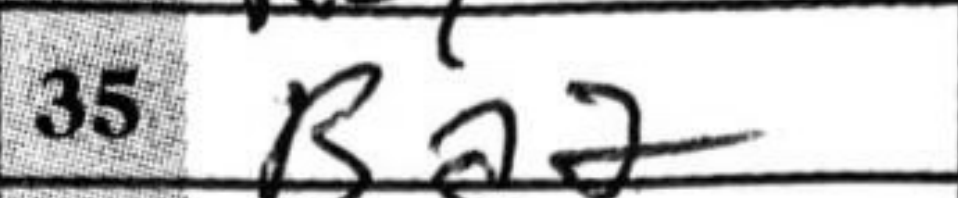
Transcription: Ba2